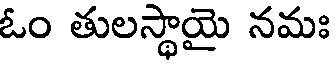
ఓం తులస్థాయై నమః